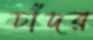
চাঁদর